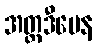
အတ္တဒီပေန